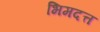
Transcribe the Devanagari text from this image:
भिमदत्त